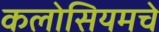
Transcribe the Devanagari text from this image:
कलोसियमचे